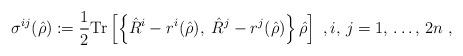
LaTeX: \begin{align*}\sigma^{ij}(\hat{\rho}) := \frac{1}{2}\mathrm{Tr}\left[\left\{\hat{R}^i-r^i(\hat{\rho}),\;\hat{R}^j-r^j(\hat{\rho})\right\}\hat{\rho}\right]\;,i,\,j=1,\,\ldots,\,2n\;,\end{align*}